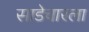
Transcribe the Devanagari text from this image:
साडेचारला